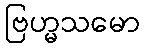
ဗြဟ္မသမော